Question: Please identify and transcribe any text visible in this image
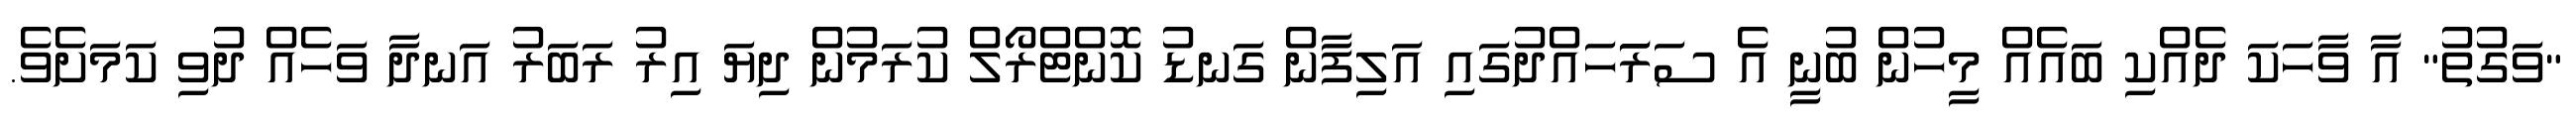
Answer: "ވަގުތު" އާ ވާހަކަ ދެއްކި ބައެއް މީހުން ބުނީ އެ ސަރަަހައްދުގައި އަލިފާން ގަނޑު ކޮންޓްރޯލް ކުރަމުން ދިޔަ އިރު ރަބަރު އަނދާ ވަހެއް ދުވި ކަމަށެވެ.